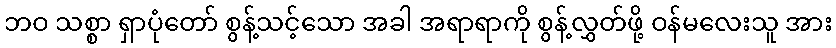
ဘဝ သစ္စာ ရှာပုံတော် စွန့်သင့်သော အခါ အရာရာကို စွန့်လွှတ်ဖို့ ဝန်မလေးသူ အား